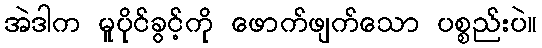
အဲဒါက မူပိုင်ခွင့်ကို ဖောက်ဖျက်သော ပစ္စည်းပဲ။